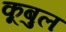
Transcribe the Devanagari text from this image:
कूबुल